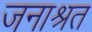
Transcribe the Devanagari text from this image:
जनाश्रत